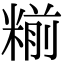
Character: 糋